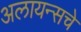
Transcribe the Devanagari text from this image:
अलायन्सचे